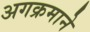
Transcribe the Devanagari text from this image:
अगक्रमाने